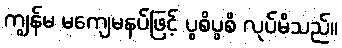
ကျွန်မ မကျေမနပ်ဖြင့် ပွစိပွစိ လုပ်မိသည်။